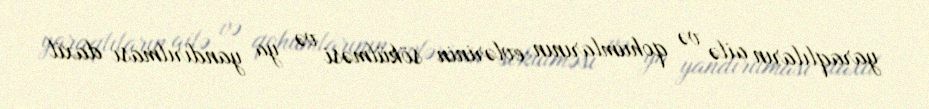
yaraqlıların ailə və qohumlarının evlərinin sökülməsi və ya yandırılması daxil